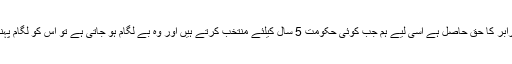
سینئر وکیل محمود پراچا نے کہا کہ سب کو برابر کا حق حاصل ہے اسی لیے ہم جب کوئی حکومت 5 سال کیلئے منتخب کرتے ہیں اور وہ بے لگام ہو جاتی ہے تو اس کو لگام پہنانے کے لئے ہمارے پاس آئین اورعدالت ہے ۔